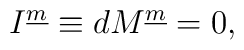
I^{\underline{m}} \equiv dM^{\underline{m}} = 0 ,